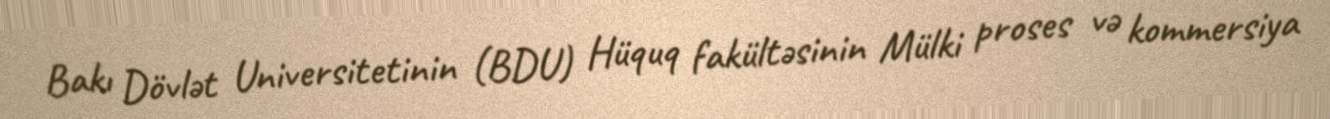
Bakı Dövlət Universitetinin (BDU) Hüquq fakültəsinin Mülki proses və kommersiya